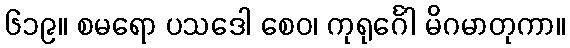
၆၁၉။ စမရော ပသဒေါ စေဝ၊ ကုရုင်္ဂေါ မိဂမာတုကာ။